Document type: Grant of rights
Year: 1280
Scribe: Pere Marc
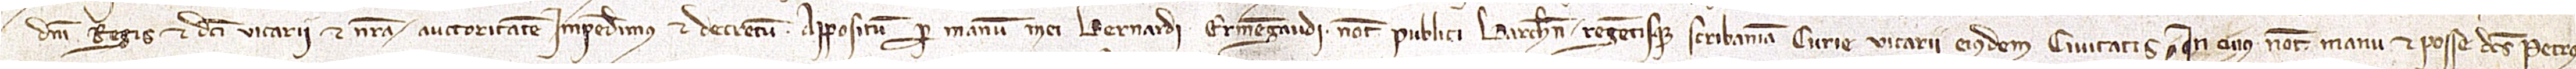
domini regis et dicti vicarii et nostra auctoritatem impendimus et decretum appositum per manum mei Bernardi Ermengaudi, notarii publici Barchinone regentisque scribaniam curie vicarii eiusdem civitatis, in cuius notarii manu et posse dictus Petrus